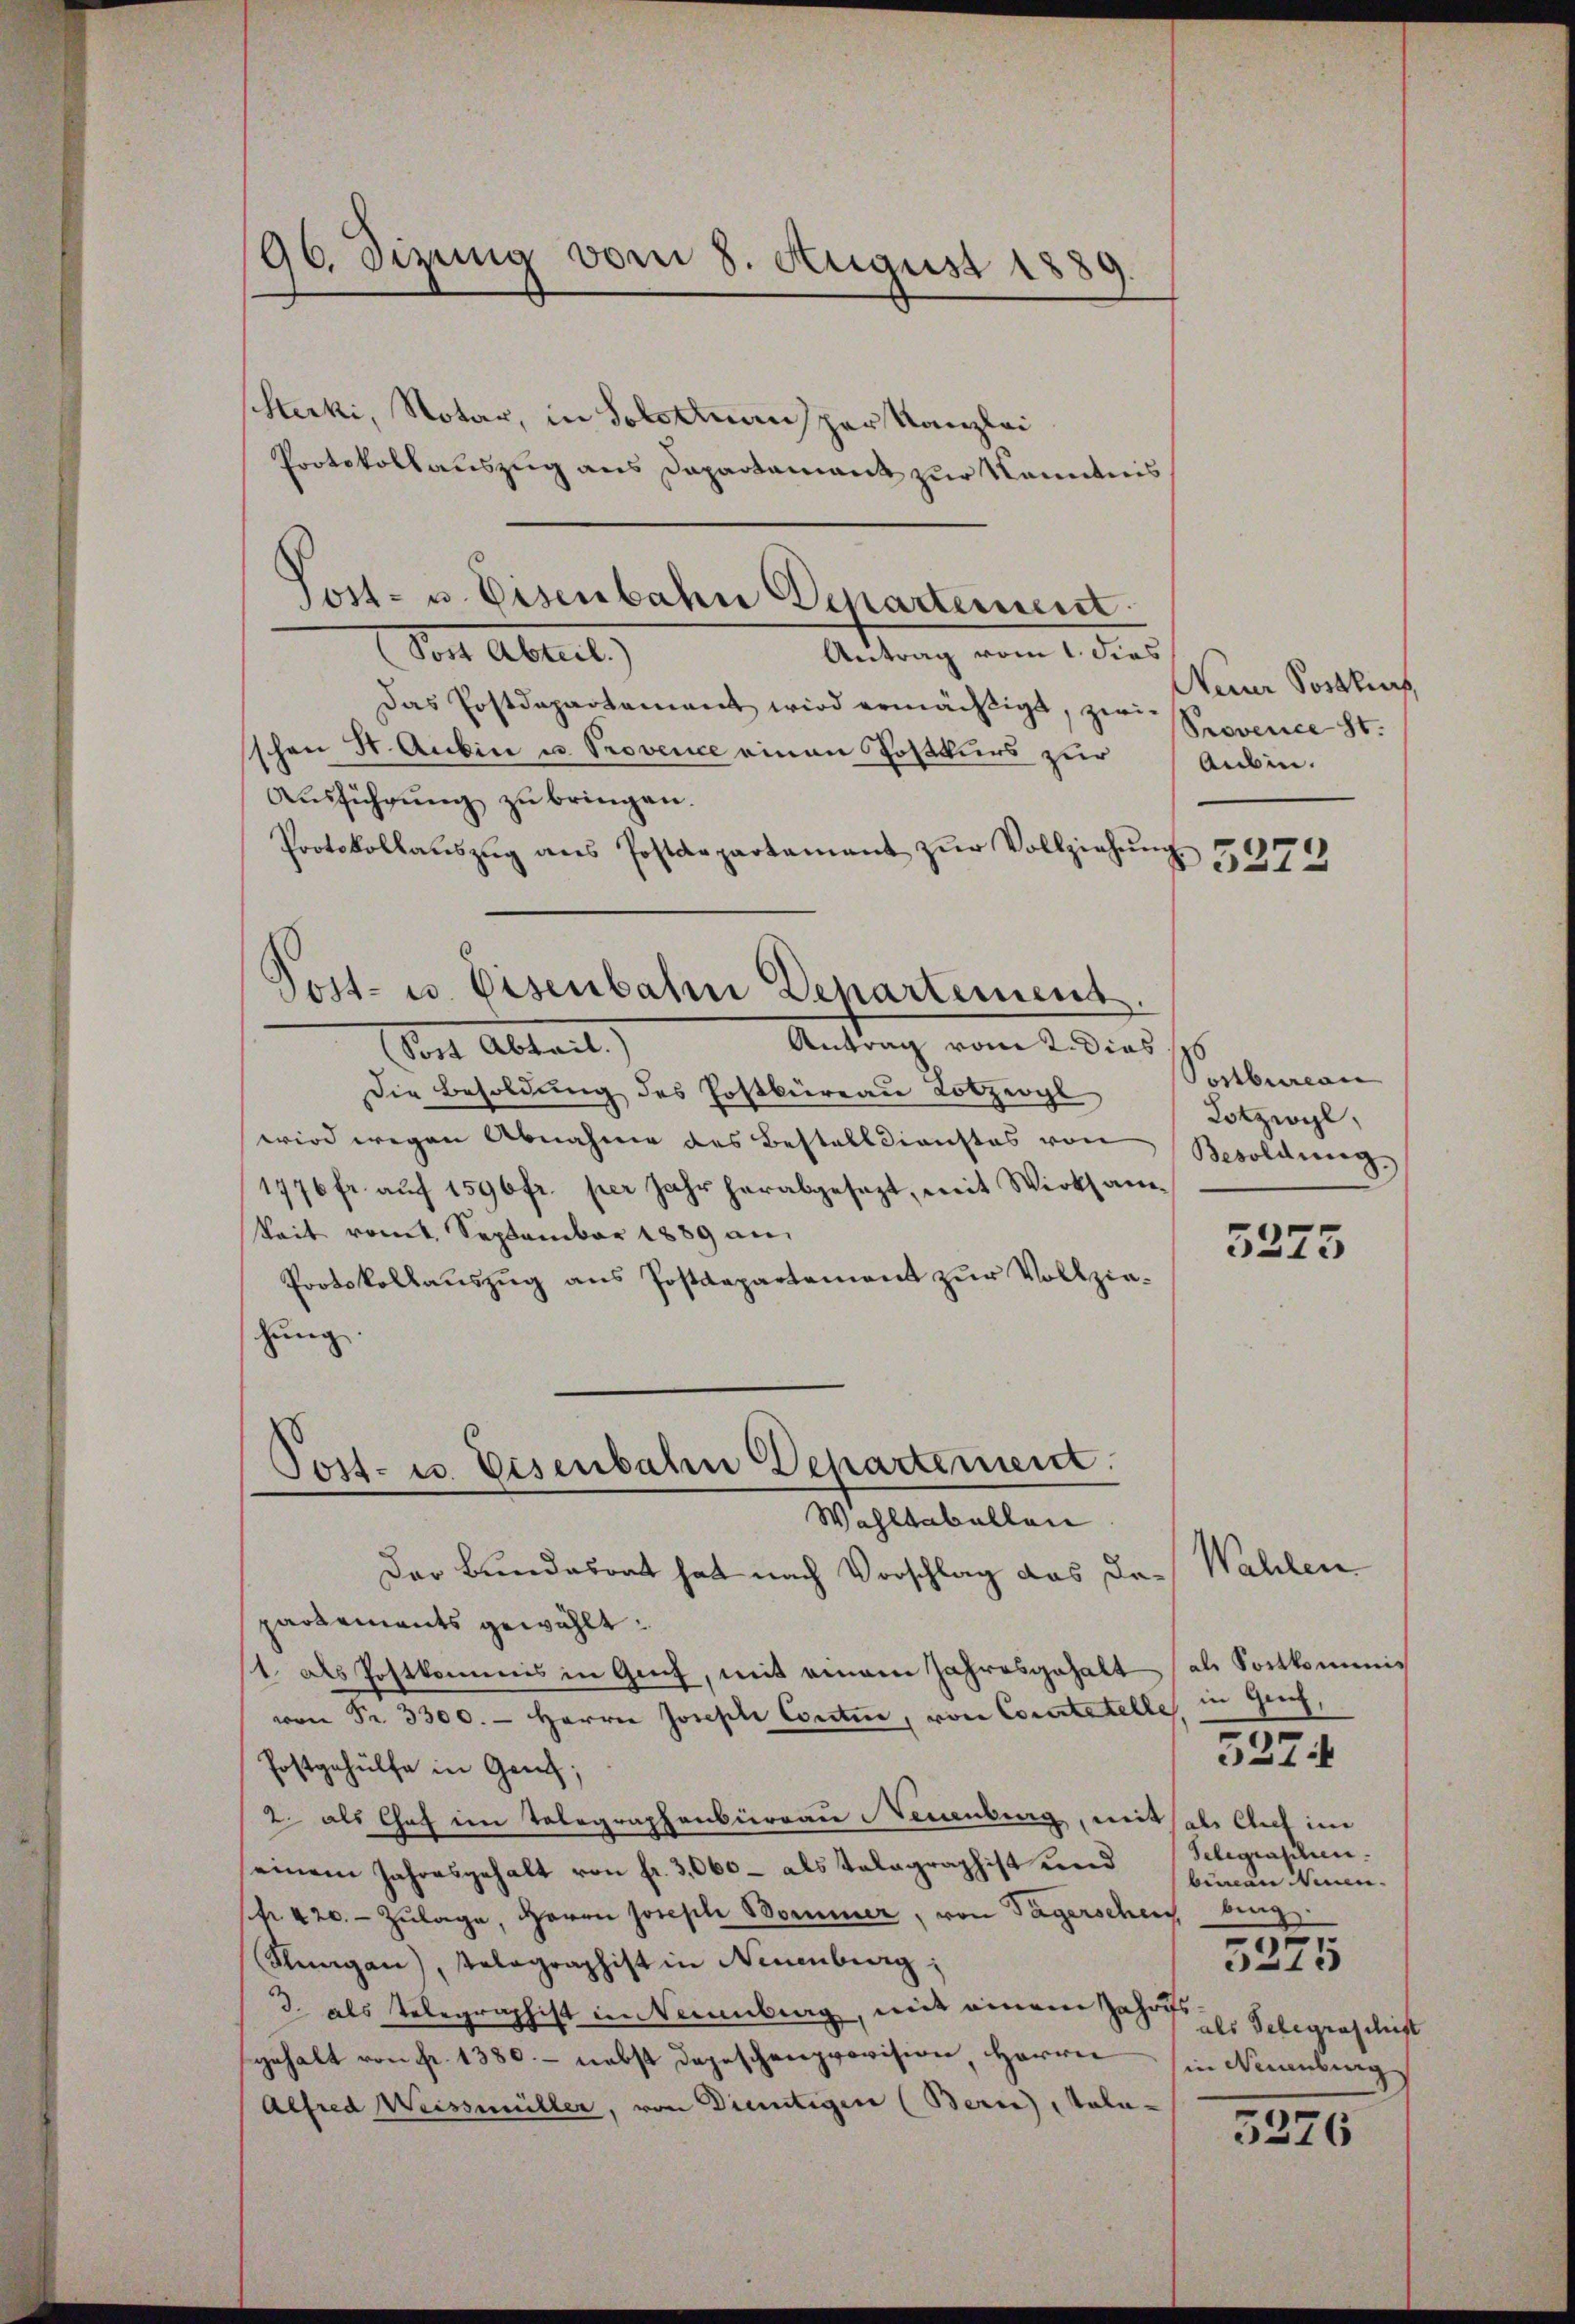
96. Sizung vom 8. August 1889.

Stecki, Notar, in Solotransper Kanzlei
Protokollauszug aus Dapartamant zur Kenntnis
Sont Abreit,
Antrag vom 1. dies
Das Postdepartement wird ermächtigt, zwi-
schen St. Aubin u. Provence einen Postkurs zur
Ausführung zu bringen.
Protokollaŭszŭg ans Postdepartamant zŭr Vollziehŭng
Antrag vom 2. Dies
ont Abteilt.
Die Besoldung des Postbüreau Lotzeogl
wird wegen Abnahme des Bestelldienstes von
1776 fr. auf 1596 fr. per Jahr herabgesezt, mit Wirksamkeit vomt. September 1889 an
Pootskollaŭszŭg ans Postdepartement zŭr Vollzie-
hung.
Post- u. Eisenbahn Departement.
Wahltabellen
Der Bundesrat hat nach Vorschlag das Dapartements gewählt:
1 als Postkommis in Genf, mit einem Jahresgehalt (als Sortkommnis
von Fr. 3300. - Herrn Joseph Contin, von Coccitatelle, in Genf,
Postgehülfe in Genf;
2 als Chef im Telegraphenbüreau Neuenburg, mithale Auf im
einem Jahresgehalt von fr. 3,060 - als Telegraphist und
(Nr. 420. Zulage, Herrn Joseph Bommer, von Tägerschens bing
Stangen, Telegraphist in Neuenburg,
3. als Telegraphist im Weinberg, mit einem Zahrfs
gehalt von Fr. 1380 - nebst Depeschenprovision, Herrn
Alfred Weissmüller, von Dientigen (Bern Tala-

Post- u. Eisenbahn Departement

Post- u Eisenbahn Departement

Neiner Postlich,
Provence St.
Aubin.

5222

Postbureau
Lotzwyl,
Besoldung.

5375

Wahlen
Gelegraschen.
biinen Neuen-
5275
als Telegraschift
in Neuenburg

3274

5276